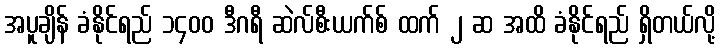
အပူချိန် ခံနိုင်ရည် ၁၄၀၀ ဒီဂရီ ဆဲလ်စီးယက်စ် ထက် ၂ ဆ အထိ ခံနိုင်ရည် ရှိတယ်လို့